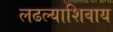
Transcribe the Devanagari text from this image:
लढल्याशिवाय